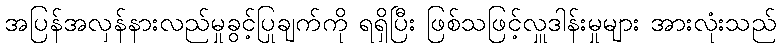
အပြန်အလှန်နားလည်မှုခွင့်ပြုချက်ကို ရရှိပြီး ဖြစ်သဖြင့်လှူဒါန်းမှုများ အားလုံးသည်